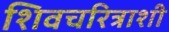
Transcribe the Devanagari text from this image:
शिवचरित्राशी